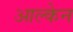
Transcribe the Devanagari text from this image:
आल्केन